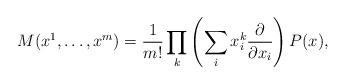
LaTeX: \begin{align*}M(x^1,\dots,x^m)=\frac{1}{m!}\prod_k\left(\sum\limits_i x_i^k\frac{\partial}{\partial x_i}\right)P(x),\end{align*}